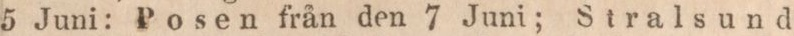
5 Juni: Posen från den 7 Juni; Stralsund